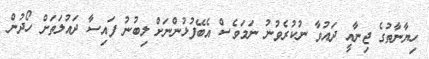
ހިޔާނާތުގެ ޖިނާއީ ދައުވާ ނުކުރެވުނު ނަމަވެސް އެބޭފުޅުންނަށް ލިބުނު ފައިސާ ދައުލަތަށް ހޯދުން